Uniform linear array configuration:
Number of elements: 8
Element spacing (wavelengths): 0.25
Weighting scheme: exponential
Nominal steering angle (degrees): -60
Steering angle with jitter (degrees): -61.526
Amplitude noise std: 0.05
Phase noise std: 0.05

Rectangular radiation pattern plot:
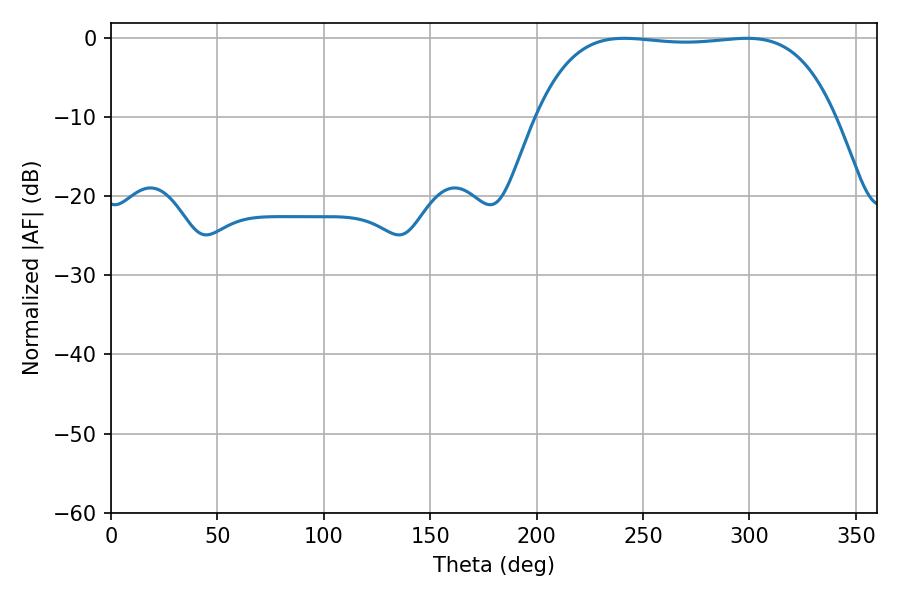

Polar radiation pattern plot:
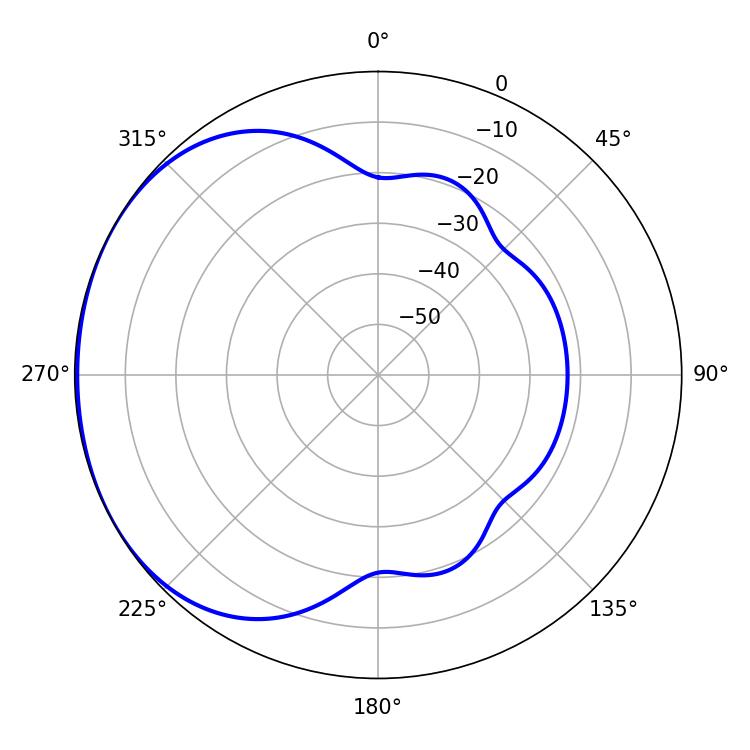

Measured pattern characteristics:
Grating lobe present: FALSE
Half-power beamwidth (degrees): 110.16
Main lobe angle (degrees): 241.2